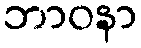
ဘာဝနာ